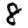
Digit: 8